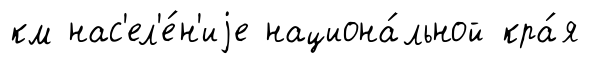
км нас'ел'е́н'иjе национа́льной кра́я